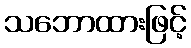
သဘောထားဖြင့်